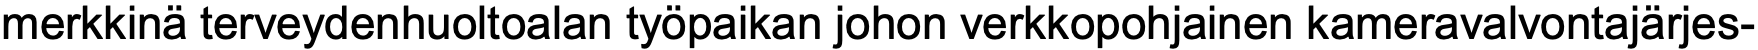
merkkinä terveydenhuoltoalan työpaikan johon verkkopohjainen kameravalvontajärjes-